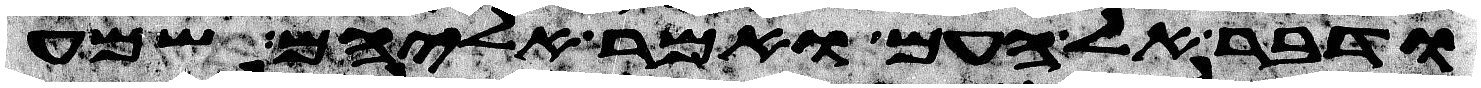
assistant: ודבר אל העם ואמר אליהם שמע